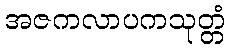
အဇကလာပကသုတ္တံ